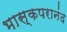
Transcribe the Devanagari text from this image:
भास्कपरानंद